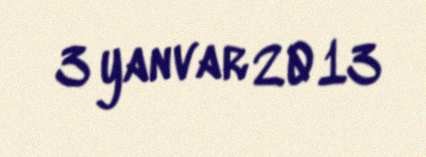
3 yanvar 2013